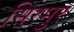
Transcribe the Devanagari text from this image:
सिरमुर